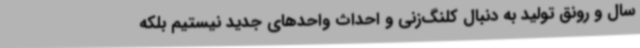
سال و رونق تولید به دنبال کلنگ‌زنی و احداث واحدهای جدید نیستیم بلکه